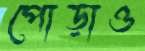
পোড়াও